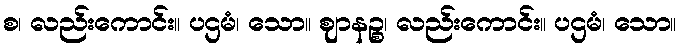
စ၊ လည်းကောင်း။ ပဌမံ၊ သော။ ဈာနဉ္စ၊ လည်းကောင်း။ ပဌမံ၊ သော။